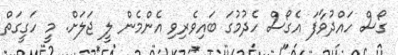
ގޯސް ހައްދުވާފަ އެގޯސް ހެދުމުގަ ބައިވެރިވި އެންމެން ލީ ޖަލަށް. މީ ހަގީގަތް